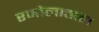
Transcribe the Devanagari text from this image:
रजोलाताल